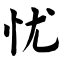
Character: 忧